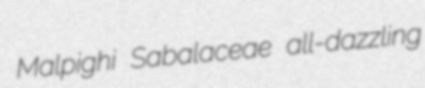
Malpighi Sabalaceae all-dazzling